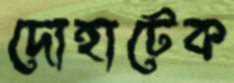
দোহাটেক